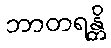
ဘာတရန္တိ